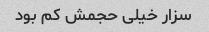
سزار خیلی حجمش کم بود